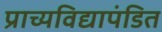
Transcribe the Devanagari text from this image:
प्राच्यविद्यापंडित